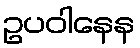
ဥပဝါနေန